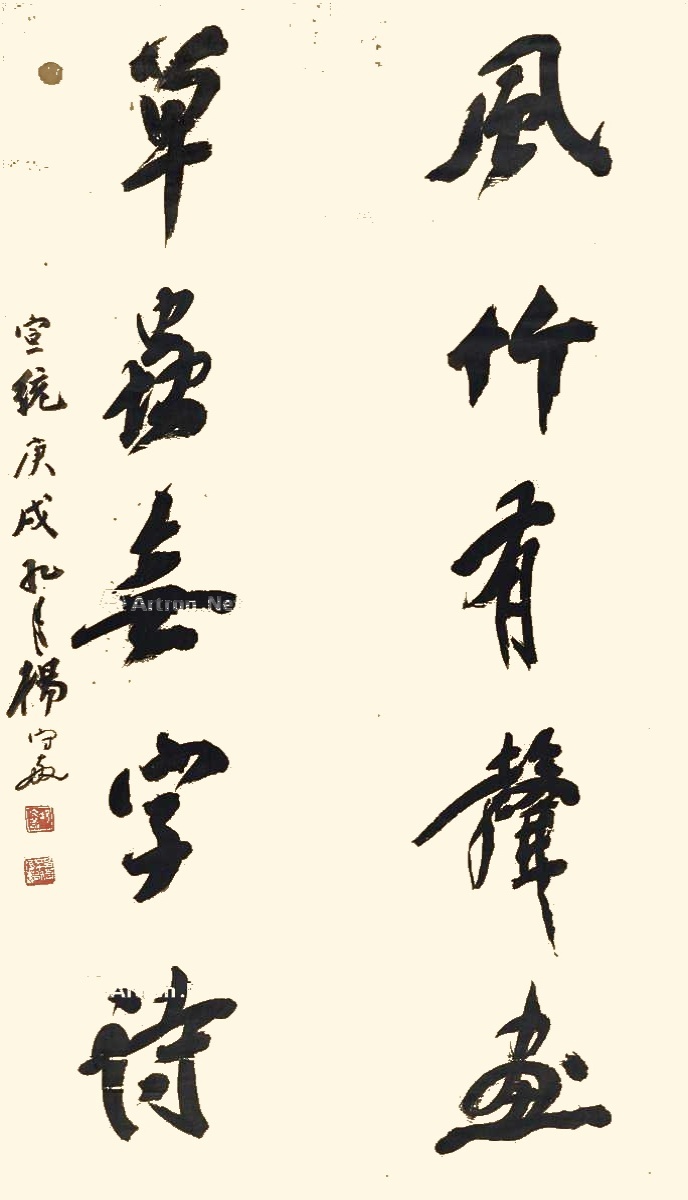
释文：风竹有声画，草虫无字诗。宣统庚戌九月，杨守敬。